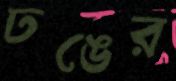
ঢঙের